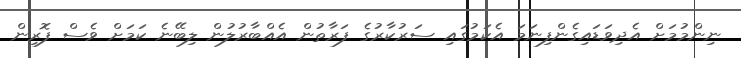
ނިންމުމަށް އެދިވަޑައިގެންފިނަމަ އެކަމުގައި ސަރުކާރުގެ ފަރާތުން އެއްބާރުލުން ލިބޭނެ ކަމަށް ވެސް ފޮރިން